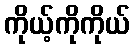
ကိုယ့်ကိုကိုယ်